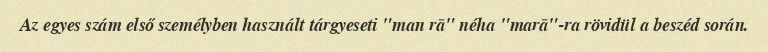
Az egyes szám első személyben használt tárgyeseti "man rā" néha "marā"-ra rövidül a beszéd során.